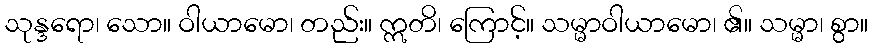
သုန္ဒရော၊ သော။ ဝါယာမော၊ တည်း။ ဣတိ၊ ကြောင့်။ သမ္မာဝါယာမော၊ ၏။ သမ္မာ၊ စွာ။